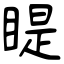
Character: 睼